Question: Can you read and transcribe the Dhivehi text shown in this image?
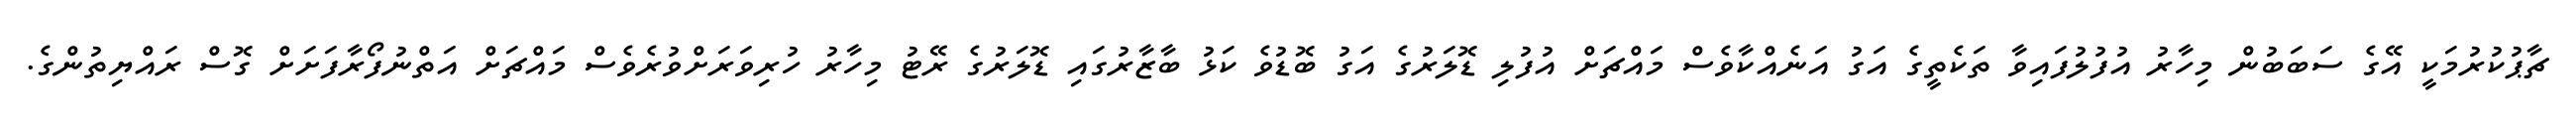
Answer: ޗާޕުކުރުމަކީ އޭގެ ސަބަބުން މިހާރު އުފުލުފައިވާ ތަކެތީގެ އަގު އަނެއްކާވެސް މައްޗަށް އުފުލި ޑޮލަރުގެ އަގު ބޮޑުވެ ކަޅު ބާޒާރުގައި ޑޮލަރުގެ ރޭޓު މިހާރު ހުރިވަރަށްވުރެވެސް މައްޗަށް އަތްނުފޯރާފަށަށް ގޮސް ރައްޔިތުންގެ.